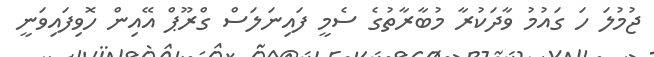
ޖުމުލަ ހަ ގައުމު ވާދަކުރާ މުބާރާތުގެ ސެމީ ފައިނަލަސް ގްރޫޕް އޭއިން ހޮވިފައިވަނީ